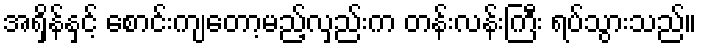
အရှိန်နှင့် စောင်းကျတော့မည့်လှည်းက တန်းလန်းကြီး ရပ်သွားသည်။